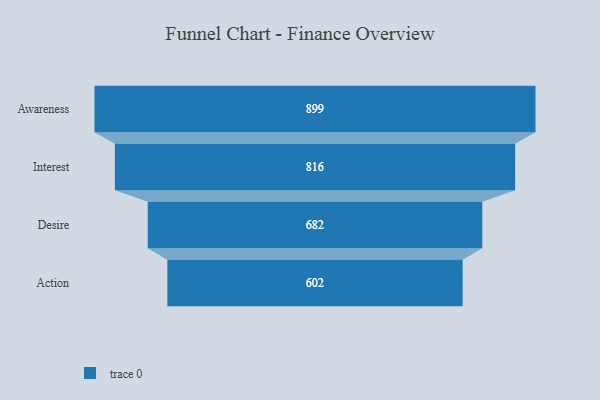
{"axis": {"x": "Stage", "y": "Value"}, "legend": [""], "data": [{"x": "Awareness", "y": 899.0, "type": ""}, {"x": "Interest", "y": 816.0, "type": ""}, {"x": "Desire", "y": 682.0, "type": ""}, {"x": "Action", "y": 602.0, "type": ""}]}